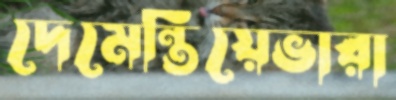
দেমেন্তিয়েভারা